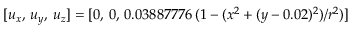
[ u _ { x } , \, u _ { y } , \, u _ { z } ] = [ 0 , \, 0 , \, 0 . 0 3 8 8 7 7 7 6 \, ( 1 - ( x ^ { 2 } + ( y - 0 . 0 2 ) ^ { 2 } ) / r ^ { 2 } ) ]